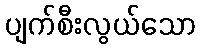
ပျက်စီးလွယ်သော